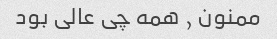
ممنون , همه چی عالی بود